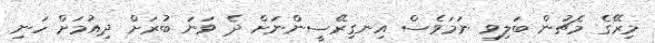
މިރޭގެ މެޗުން ބަލިވި ނަމަވެސް އިނގިރޭސީންނަށް ދެ ވަނަ ބުރަށް ދިއުމަށް ހަނި